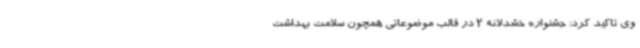
وی تاکید کرد: جشنواره خشدلانه 2 در قالب موضوعاتی همچون سلامت بهداشت